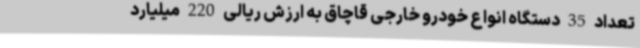
تعداد 35 دستگاه انواع خودرو خارجی قاچاق به ارزش ریالی 220 میلیارد